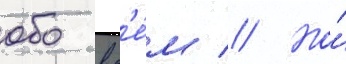
обо вс'е́м // Но́